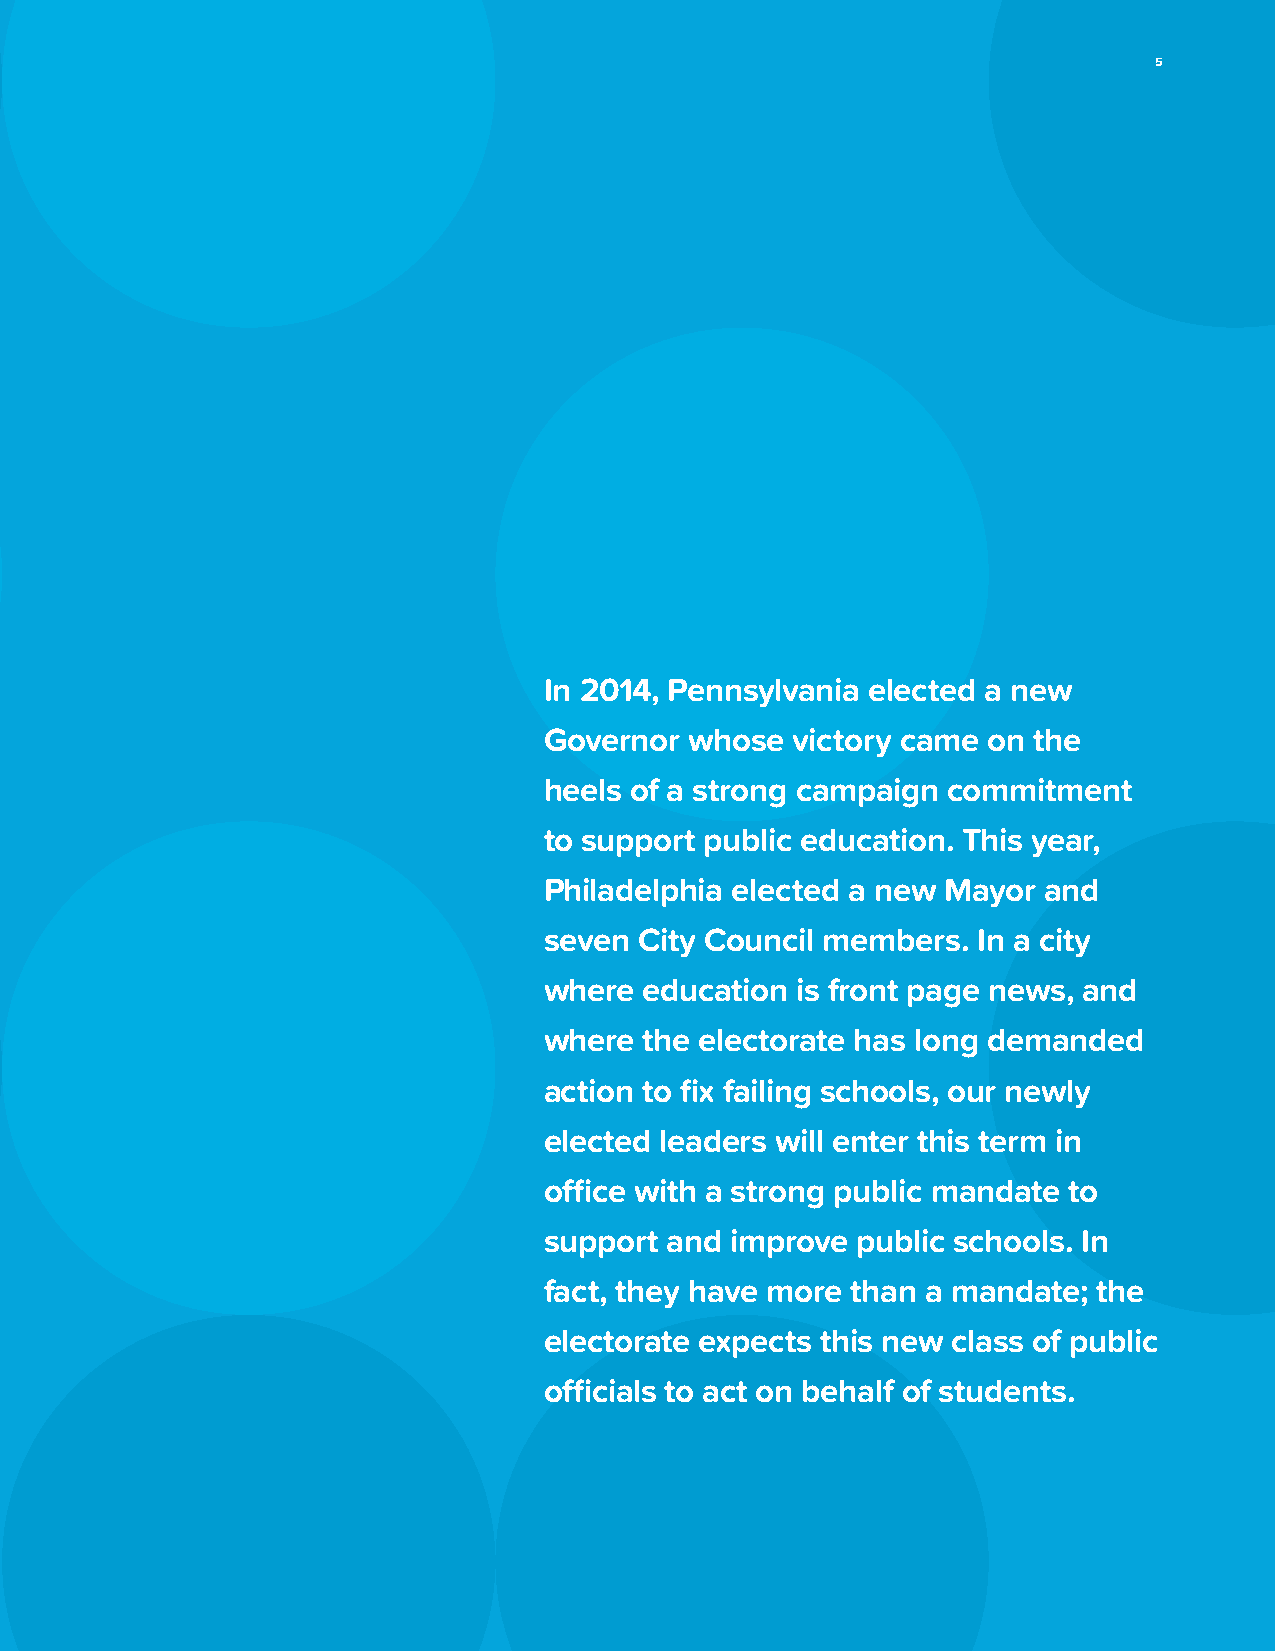
5
 In 2014, Pennsylvania elected a new
 Governor  whose victory came on the
 heels of a strong campaign commitment
 to support public education. This year,
 Philadelphia elected a new Mayor and
 seven City Council members.  In a city
 where  education is front page news, and
 where  the electorate has long demanded
 action to fix failing schools, our newly
 elected leaders will enter this term in
 office with a strong public mandate to
 support and improve  public schools. In
 fact, they have more than a mandate; the
 electorate expects this new class of public
 officials to act on behalf of students.